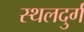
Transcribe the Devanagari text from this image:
स्थलदुर्ग